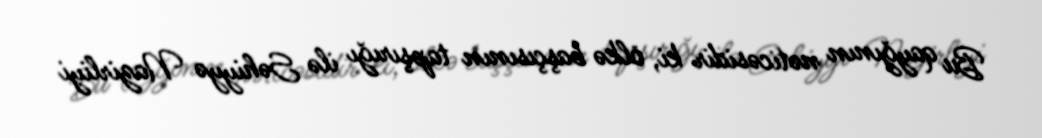
Bu qayğının nəticəsidir ki, ölkə başçısının tapşırığı ilə Səhiyyə Nazirliyi